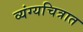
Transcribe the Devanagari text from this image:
व्यंग्यचित्रात